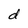
Character: d